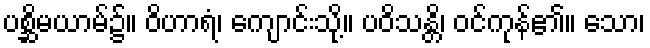
ပစ္ဆိမယာမ်၌။ ဝိဟာရံ၊ ကျောင်းသို့။ ပဝိသန္တိ၊ ဝင်ကုန်၏။ သော၊